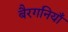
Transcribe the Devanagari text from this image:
बैरगनियाँ